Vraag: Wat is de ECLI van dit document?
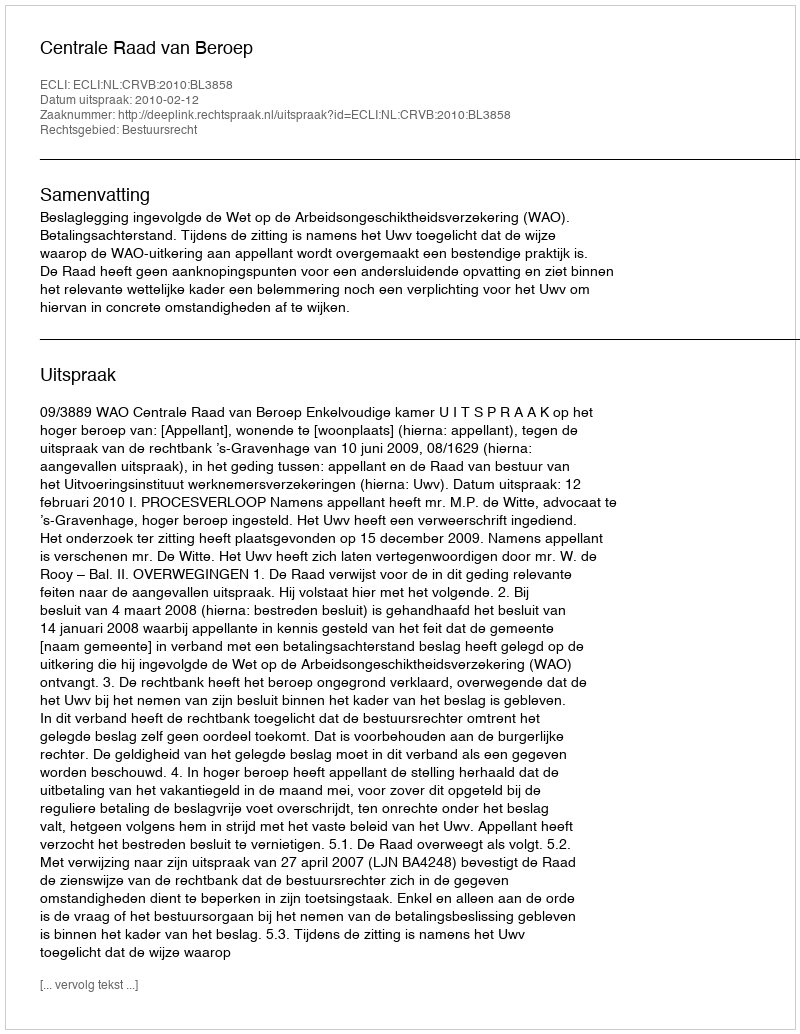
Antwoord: ECLI:NL:CRVB:2010:BL3858